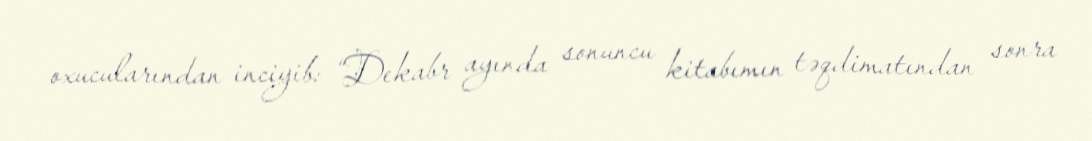
oxucularından inciyib: “Dekabr ayında sonuncu kitabımın təqdimatından sonra